Studies on the mouth parts a Comparative anatomy of the proboscis in the blood-sucking muscidae - Number 60
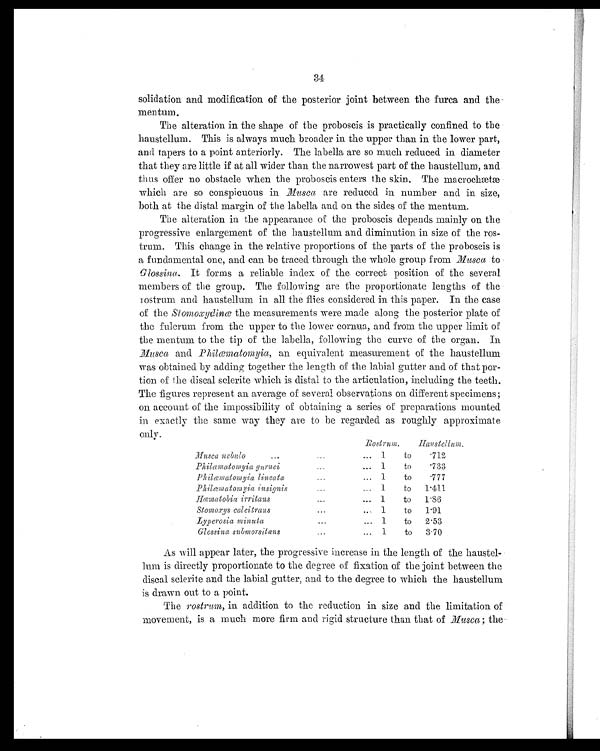
34
solidation and modification of the posterior joint between the furca and the
mentum.
The alteration in the shape of the proboscis is practically confined to the
haustellum. This is always much broader in the upper than in the lower part,
and tapers to a point anteriorly. The labella are so much reduced in diameter
that they are little if at all wider than the narrowest part of the haustellum, and
thus offer no obstacle when the proboscis enters the skin. The macrochætæ
which are so conspicuous in Musca are reduced in number and in size,
both at the distal margin of the labella and on the sides of the mentum.
The alteration in the appearance of the proboscis depends mainly on the
progressive enlargement of the haustellum and diminution in size of the ros-
trum. This change in the relative proportions of the parts of the proboscis is
a fundamental one, and can be traced through the whole group from. Musca to
Glossina. It forms a reliable index of the correct position of the several
members of the group. The following are the proportionate lengths of the
rostrum and haustellum in all the flies considered in this paper. In the case
of the Stomoxydinæ the measurements were made along the posterior plate of
the fulcrum from the upper to the lower cornua, and from the upper limit or
the mentum to the tip of the labella, following the curve of the organ. In
M usca and Philæmatomyia, an equivalent measurement of the haustellum
was obtained by adding together the length of the labial gutter and of that por-
tion of the discal sclerite which is distal to the articulation, including the teeth.
The figures represent an average of several observations on different specimens;
on account of the impossibility of obtaining a series of preparations mounted
in exactly the same way they are to be regarded as roughly approximate
only.
Ros t r um.
Haustellum.
Musca nebulo
...
. . .
... 1
to
. 712
Philæmatomyia gurnei
...
... 1
to
. 733
Philæmatomyia lineata
...
... 1
to
. 777
Philæmatomyia insignis
...
... 1
to
1.411
Hæmatobia irritans
...
...
1
to
1.86
Stomoxys calcitrans
...
. . .
1
to
1.91
Lyperosia minuta
...
...
1
to
2.53
Glossina submorsitans
...
... 1
to
3.70
As will appear later, the progressive increase in the length of the haustel-
lum is directly proportionate to the degree of fixation of the joint between the
discal sclerite and the labial gutter, and to the degree to which the haustellum
is drawn out to a point.
The rostrum , in addition to the reduction in size and the limitation of
movement, is a much more firm and rigid structure than that of Musca; the